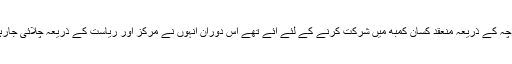
مسٹر پانڈے آج ضلع کے ملہنی اسمبلی حلقے میں کسان مورچہ کے ذریعہ منعقد کسان کمبھ میں شرکت کرنے کے لئے آئے تھے اس دوران انہوں نے مرکز اور ریاست کے ذریعہ چلائی جارہی عوامی فلاح و بہبود کی اسکیموں پر تفصیلی روشنی ڈالی۔